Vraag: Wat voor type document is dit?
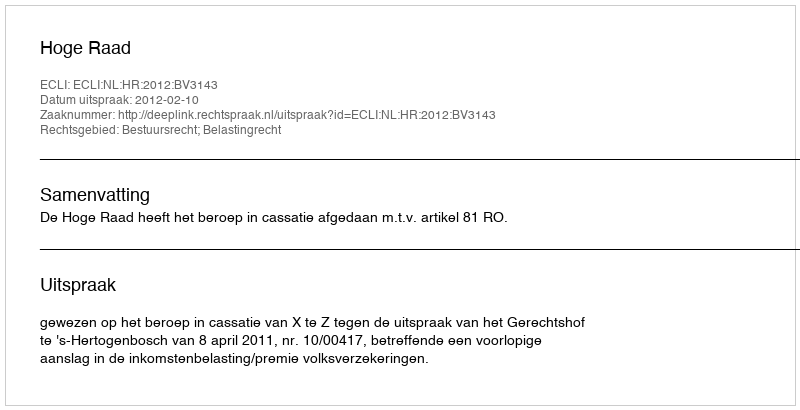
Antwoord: Uitspraak